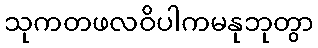
သုကတဖလဝိပါကမနုဘုတွာ